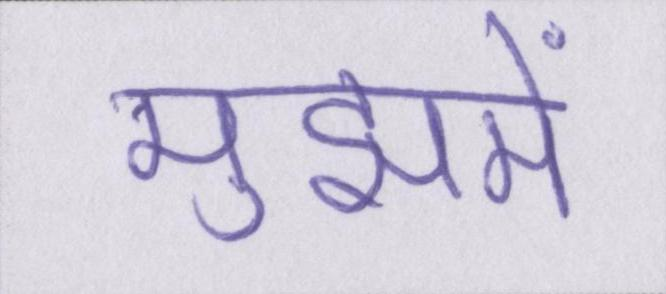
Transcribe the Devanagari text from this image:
मुझमें